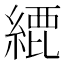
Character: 𦂬